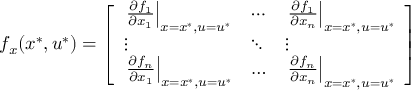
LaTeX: f _ { x } ( x ^ { * } , u ^ { * } ) = { \left[ \begin{array} { l l l } { \left. { \frac { \partial f _ { 1 } } { \partial x _ { 1 } } } \right| _ { x = x ^ { * } , u = u ^ { * } } } & { \cdots } & { \left. { \frac { \partial f _ { 1 } } { \partial x _ { n } } } \right| _ { x = x ^ { * } , u = u ^ { * } } } \\ { \vdots } & { \ddots } & { \vdots } \\ { \left. { \frac { \partial f _ { n } } { \partial x _ { 1 } } } \right| _ { x = x ^ { * } , u = u ^ { * } } } & { \ldots } & { \left. { \frac { \partial f _ { n } } { \partial x _ { n } } } \right| _ { x = x ^ { * } , u = u ^ { * } } } \end{array} \right] }